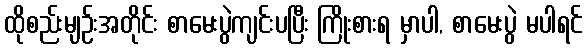
ထိုစည်းမျဉ်းအတိုင်း စာမေးပွဲကျင်းပပြီး ကြိုးစားရ မှာပါ, စာမေးပွဲ မပါရင်